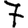
Digit: 7